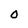
Character: o